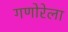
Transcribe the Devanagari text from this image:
गणोरेला